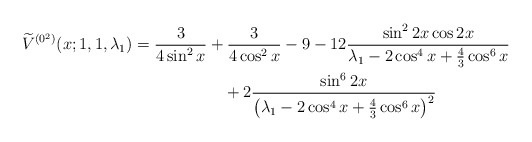
\begin{gather*} \widetilde{V}^{(0^{2})}(x;1,1,\lambda _{1}) = \frac{3}{4\sin^2 x} + \frac{3}{4\cos^2 x} - 9 - 12 \frac{\sin^2 2x \cos 2x}{\lambda_1 - 2 \cos^4 x + \frac{4}{3} \cos^6 x} \\\hphantom{\widetilde{V}^{(0^{2})}(x;1,1,\lambda _{1}) =}{}+ 2 \frac{\sin^6 2x}{\big(\lambda_1 - 2 \cos^4 x + \frac{4}{3} \cos^6 x \big)^2}\end{gather*}